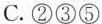
C.②③⑤